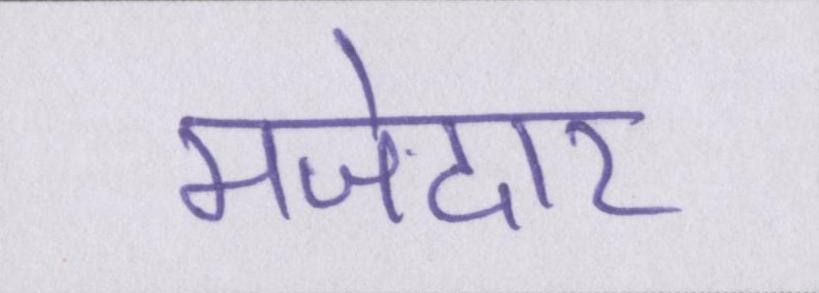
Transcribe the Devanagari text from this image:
मजेदार